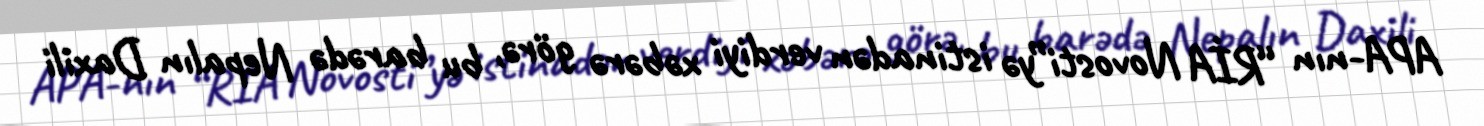
APA-nın “RİA Novosti”yə istinadən verdiyi xəbərə görə, bu barədə Nepalın Daxili